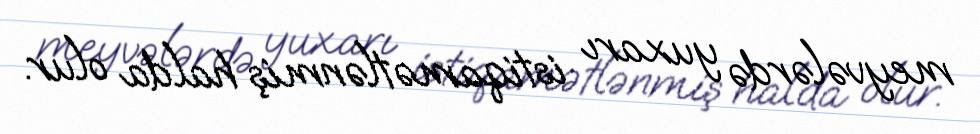
meyvələrdə yuxarı istiqamətlənmiş halda olur.